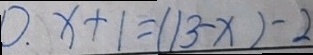
0 . x + 1 = ( 1 3 - x ) - 2